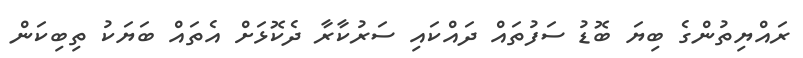
ރައްޔިތުންގެ ބިޔަ ބޮޑު ސަފުތައް ދައްކައި ސަރުކާރާ ދެކޮޅަށް އެތައް ބަޔަކު ތިބިކަން